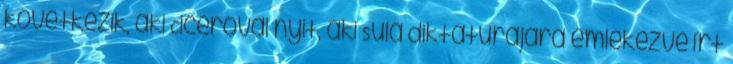
következik, aki Ciceróval nyit, aki Sula diktatúrájára emlékezve írt